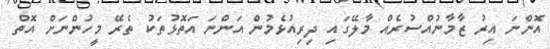
އޮންނަ އިރު ޒާމާނުއްސުރެއް މާލޭގައި ދިރިއުޅެމުން އަންނަ އަތޮޅުތަކު ތެރޭ މީހުންނަށް އޮތް